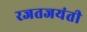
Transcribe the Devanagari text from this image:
रजतजयंती